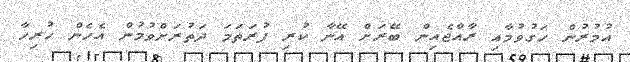
އުމުރުން ހަގުވުމާއި ރާއްޖެއިން ބޭރަށް އޭނާ ކުރި ފުރަތަމަ ދަތުރަށްވުމުން އެހެން ހުރިހާ